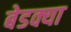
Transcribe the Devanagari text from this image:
बेडक्या